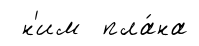
н'им пла́на